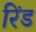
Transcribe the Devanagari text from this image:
रिंड